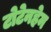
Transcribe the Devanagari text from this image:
टोटेनहेम